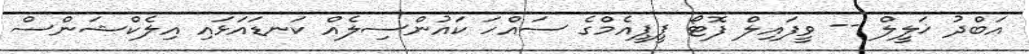
އަބްދު ޚަލީލް -- ވީފައިލް ފޮޓޯ ޕީޕީއެމްގެ ސައްހަ ކައުންސިލެއް ކަނޑައަޅައި އިލެކްޝަންސް